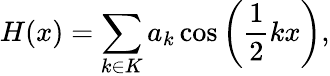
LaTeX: H(x)=\sum_{k\in K}a_{k}\cos\left(\frac{1}{2}kx\right),